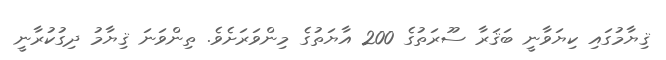
ޤިޔާމުގައި ކިޔަވާނީ ބަޤަރާ ސޫރަތުގެ 200 އާޔަތުގެ މިންވަރަށެވެ. ތިންވަނަ ޤިޔާމު ދިގުކުރާނީ